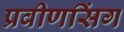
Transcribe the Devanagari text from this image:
प्रवीणसिंग